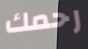
رحمك